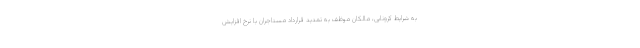
به شرایط کرونایی، مالکان موظف به تمدید قرارداد مستاجران با نرخ افزایش